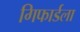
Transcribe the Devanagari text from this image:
गिफार्डला